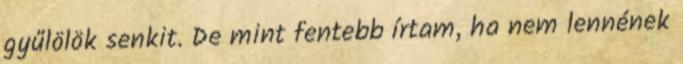
gyűlölök senkit. De mint fentebb írtam, ha nem lennének